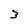
Character: 3